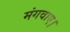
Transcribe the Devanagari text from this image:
मंगवाए।